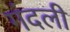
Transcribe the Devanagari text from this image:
गंदली